Sanitation, dispensaries and jails vaccination Rajputana 1922-1927 - 1922-1927
Year: 1922
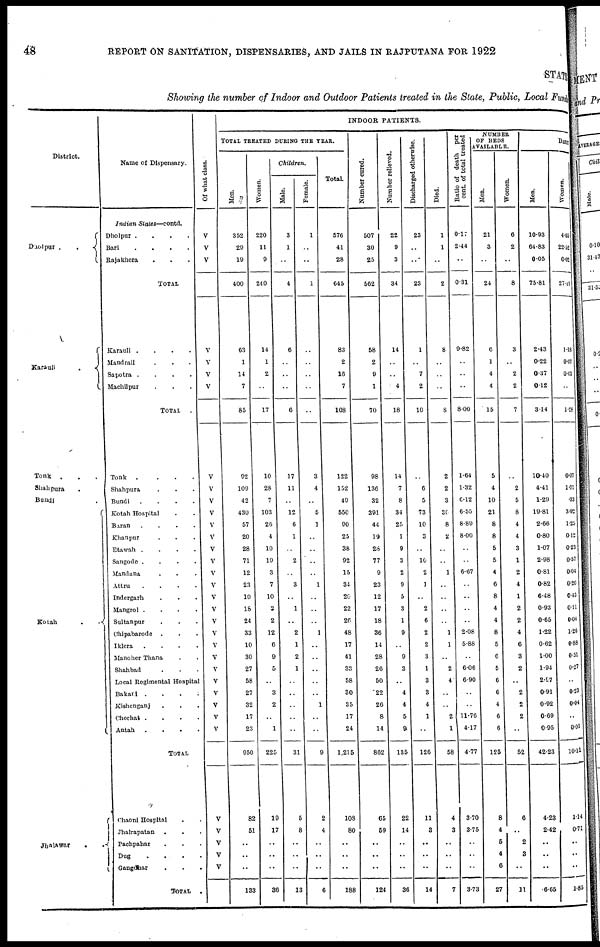
48
REPORT ON SANITATION, DISPENSARIES, AND JAILS IN RAJPUTANA FOR 1922
STATE
Showing the number of Indoor and Outdoor Patients treated in the State, Public, Local Funds
District.
Daolpur .
.
Karauli
.
Tonk
. . .
Shahpura
.
Bundi .
Kotah
.
.
Jhalawar
.
.
Name of Dispensary.
Indian
States—contd.
Dholpur .
.
.
.
Bari
.
.
.
.
Rajakhera . . .
TOTAL
Karauli .
.
.
.
Mandrail . . .
Sapotra .
.
.
.
Machilpur . . .
TOTAL .
Tonk
.
.
.
.
Shahpura . . .
Bundi
.
.
.
.
Kotah Hospital . .
Baran
.
.
.
.
Khanpur . . .
Etawah .
.
.
.
Sangode .
.
.
.
Mandana . . .
Attru
.
.
.
.
Indergarh . . .
Mangrol .
.
.
.
Sultanpur . . .
Chipabarode
. . .
Iklera
.
.
.
.
Manoher Thana . .
Shahbad . . .
Local Regimental Hospital
Bakari .
.
.
.
Kishenganj . . .
Chechat .
.
.
.
Antah
.
.
.
.
TOTAL
Chaoni Hospital . .
Jhalrapatan . . .
Pachpahar . . .
Dug
. . . .
Gangdhar
.
.
.
TOTAL
.
Of what class.
V
V
V
V
V
V
V
V
V
V
V
V
V
V
V
V
V
V
V
V
V
V
V
V
V
V
V
V
V
V
V
V
V
V
INDOOR PATIENTS.
TOTAL TREATED DURING THE YEAR.
Men.
352
29
19
400
63
1
14
7
85
92
109
42
430
57
20
28
71
12
23
10
18
24
33
10
30
27
58
27
32
17
23
950
82
51
..
..
..
133
Women.
220
11
9
240
14
1
2
..
17
10
28
7
103
26
4
10
19
3
7
10
2
2
12
6
9
5
..
3
2
..
1
225
19
17
..
..
..
36
Children.
Male.
3
1
..
4
6
..
..
..
6
17
11
..
12
6
1
..
2
..
3
..
1
..
2
1
2
1
..
..
..
..
..
31
5
8
..
..
..
13
Female.
1
..
..
1
..
..
..
..
..
3
4
..
5
1
..
..
..
..
1
..
..
..
1
..
..
..
..
..
1
..
..
9
2
4
..
..
..
6
Total.
576
41
28
645
83
2
16
7
108
122
152
490
550
90
25
38
92
15
34
20
22
26
48
17
41
33
58
30
35
17
24
1,215
108
80
..
..
..
188
Number cured.
507
30
25
562
58
2
9
1
70
98
136
32
391
44
19
28
77
9
23
12
17
18
36
14
28
26
50
22
26
8
14
862
65
59
..
..
..
124
Number relieved.
22
9
3
34
14
..
..
4
18
14
7
8
34
25
1
9
3
2
9
5
3
1
9
..
9
3
..
4
4
5
9
135
22
14
..
..
..
36
Discharged otherwise.
23
..
..
23
1
..
7
2
10
..
6
5
73
10
3
..
10
2
1
..
2
6
2
2
3
1
3
3
4
1
..
126
11
3
..
..
..
14
Died.
1
1
..
2
8
..
..
..
8
2
2
3
30
8
2
..
..
1
..
..
..
..
1
1
..
2
4
..
..
2
1
58
4
3
..
..
..
7
Ratio of death per
cent. of total treated
0.17
2.44
..
0.31
9.82
..
..
..
8.00
1.64
1.32
6.12
6.55
8.89
8.00
..
..
6.67
..
..
..
..
2.08
5.88
..
6.06
6.90
..
..
11.76
4.17
4.77
3.70
3.75
..
..
..
3.73
NUMBER
OF BEDS
AVAILABLE.
Men.
21
3
..
24
6
1
4
4
15
5
4
10
21
8
8
5
5
4
6
8
4
4
8
5
6
5
6
6
4
6
6
125
8
4
5
4
6
27
Women.
6
2
..
8
3
..
2
2
7
..
2
5
8
4
4
3
1
2
4
1
2
2
4
6
3
2
..
2
2
2
..
52
6
..
2
3
..
11
DAI LY
Men.
10.93
64.83
0.05
75.81
2.43
0.22
0.37
0.12
3.14
10.40
4.41
1.29
19.81
2.66
0.80
1.07
2.98
0.81
0.82
6.48
0.93
0.65
1.22
0.62
1.00
1.94
2.97
0.91
0.92
0.69
0.95
42.23
4.23
2.42
..
..
..
6.65
Women.
4.65
22.52
0.02
27.19
1.18
0.07
0.03
..
1.28
0.07
1.01
.33
3.92
1.25
0.12
0.23
0.57
0.04
0.20
0.43
0.11
0.04
1.26
0.88
0.51
0.27
..
0.23
0.04
..
0.01
10.11
1.14
0.71
..
..
..
1.85